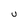
Character: U